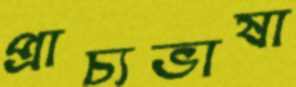
প্রাচ্যভাষা